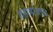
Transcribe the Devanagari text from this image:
शहाबाजगढ